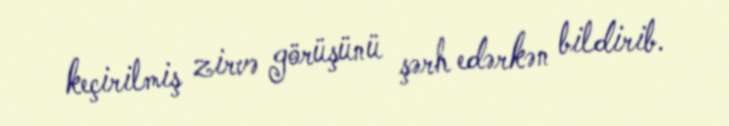
keçirilmiş zirvə görüşünü şərh edərkən bildirib.